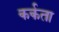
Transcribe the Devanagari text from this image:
कर्कता